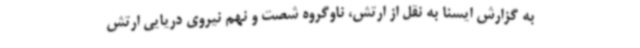
به گزارش ایسنا به نقل از ارتش، ناوگروه شصت و نهم نیروی دریایی ارتش